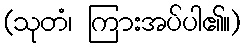
(သုတံ၊ ကြားအပ်ပါ၏။)